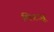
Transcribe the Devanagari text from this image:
मिडज़ू